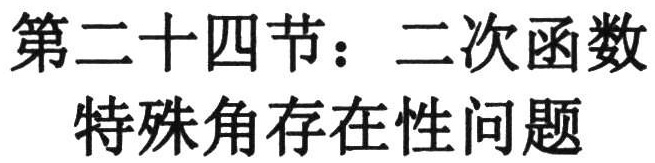
第二十四节：二次函数
特殊角存在性问题